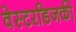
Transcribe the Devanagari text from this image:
वेस्टरडिजकी